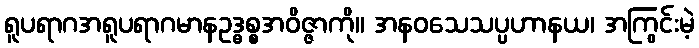
ရူပရာဂအရူပရာဂမာနဥဒ္ဓစ္စအဝိဇ္ဇာကို။ အနဝသေသပ္ပဟာနယ၊ အကြွင်းမဲ့